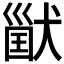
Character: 𤠪